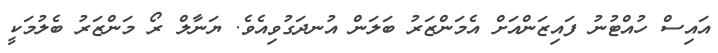
އައިސް ހުއްޓުނު ފައިޒަންއަށް އެމަންޒަރު ބަލަން އުނދަގުވިއެވެ. ޔަނާލް ރޯ މަންޒަރު ބެލުމަކީ